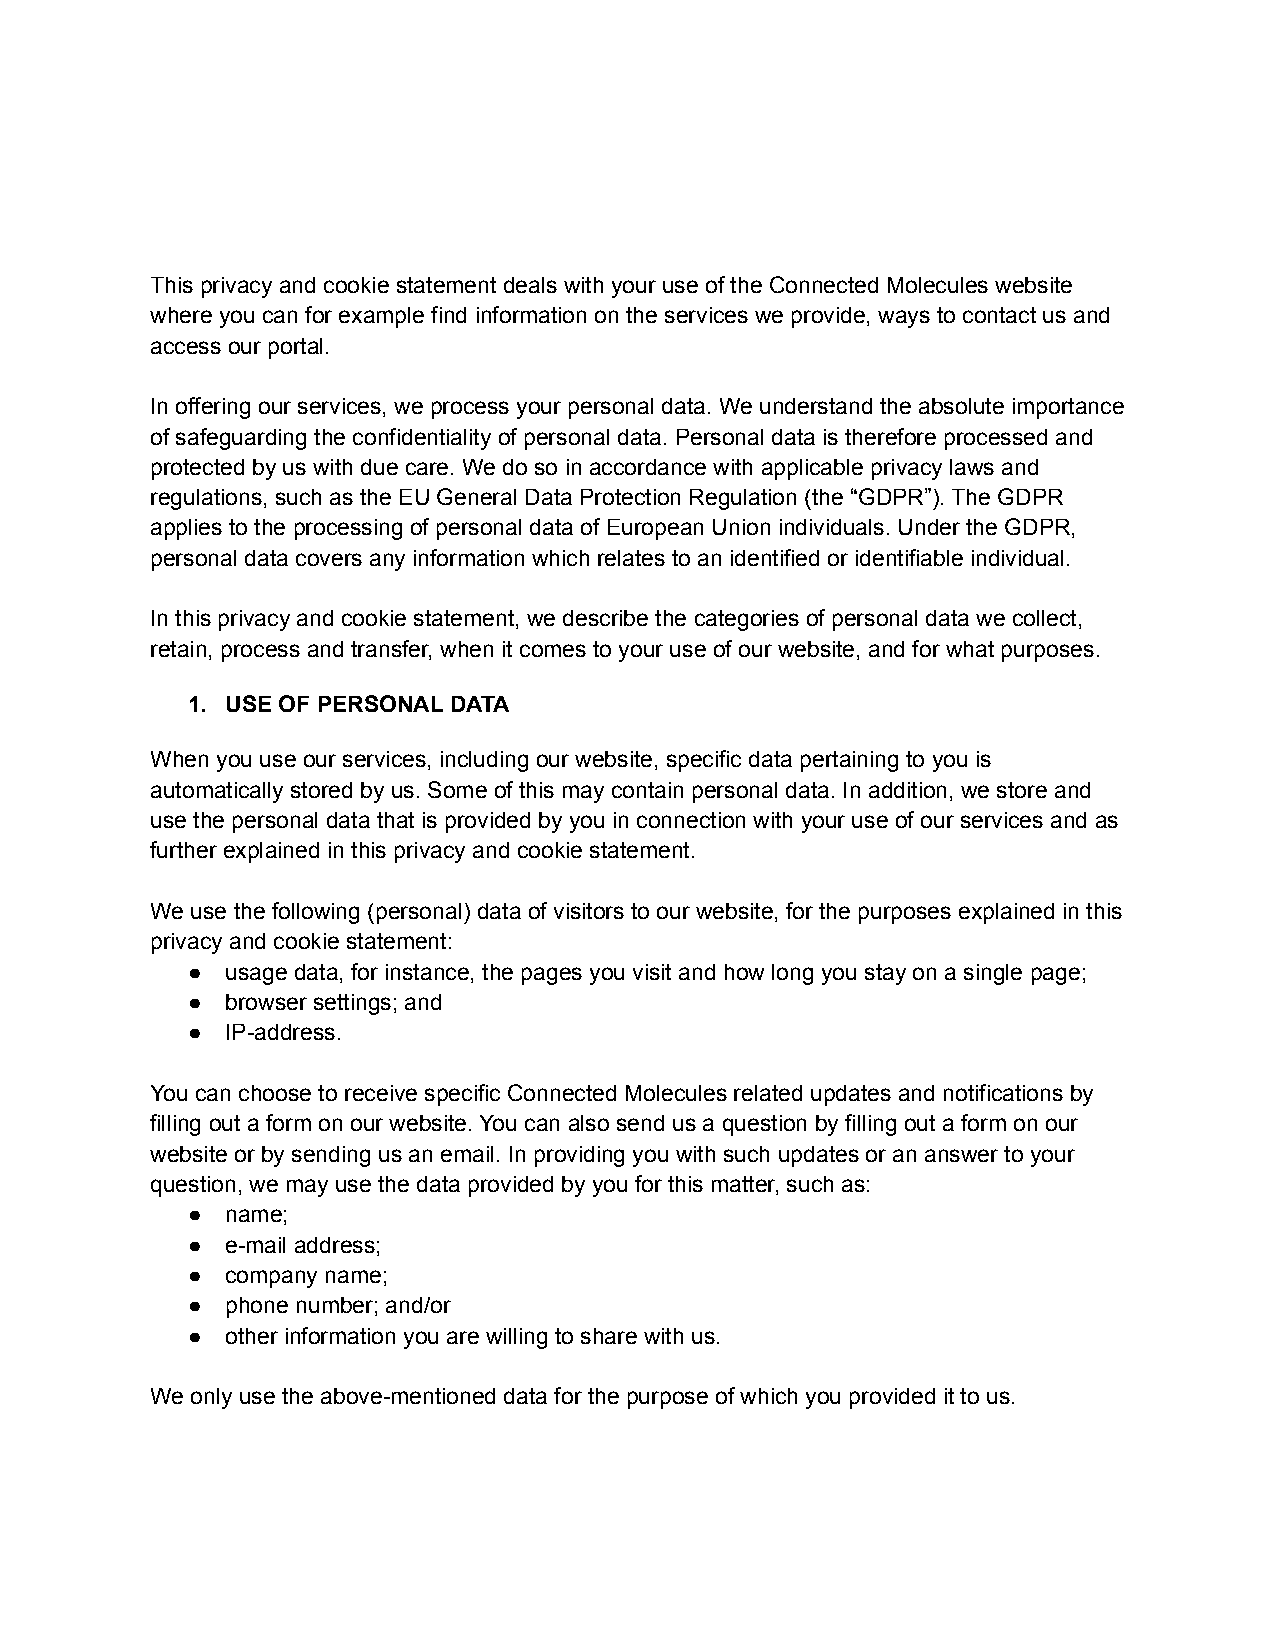
This privacy and cookie statement deals with your use of the Connected Molecules website
 where you can for example find information on the services we provide, ways to contact us and
 access our portal.
 In offering our services, we process your personal data. We understand the absolute importance
 of safeguarding the confidentiality of personal data. Personal data is therefore processed and
 protected by us with due care. We do so in accordance with applicable privacy laws and
 regulations, such as the EU General Data Protection Regulation (the “GDPR”). The GDPR
 applies to the processing of personal data of European Union individuals. Under the GDPR,
 personal data covers any information which relates to an identified or identifiable individual.
 In this privacy and cookie statement, we describe the categories of personal data we collect,
 retain, process and transfer, when it comes to your use of our website, and for what purposes.
 1. USE OF PERSONAL DATA
 When you use our services, including our website, specific data pertaining to you is
 automatically stored by us. Some of this may contain personal data. In addition, we store and
 use the personal data that is provided by you in connection with your use of our services and as
 further explained in this privacy and cookie statement.
 We use the following (personal) data of visitors to our website, for the purposes explained in this
 privacy and cookie statement:
 ●  usage data, for instance, the pages you visit and how long you stay on a single page;
 ●  browser settings; and
 ●  IP-address.
 You can choose to receive specific Connected Molecules related updates and notifications by
 filling out a form on our website. You can also send us a question by filling out a form on our
 website or by sending us an email. In providing you with such updates or an answer to your
 question, we may use the data provided by you for this matter, such as:
 ●  name;
 ●  e-mail address;
 ●  company name;
 ●  phone number; and/or
 ●  other information you are willing to share with us.
 We only use the above-mentioned data for the purpose of which you provided it to us.